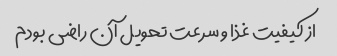
از کیفیت غذا و سرعت تحویل آن راضی بودم